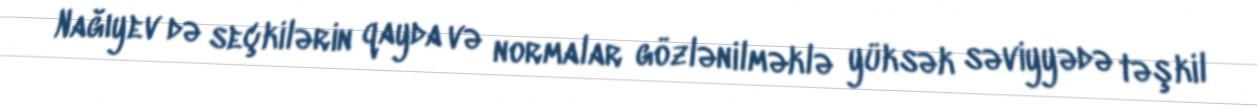
Nağıyev də seçkilərin qayda və normalar gözlənilməklə yüksək səviyyədə təşkil